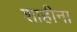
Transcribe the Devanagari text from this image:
शाहीना